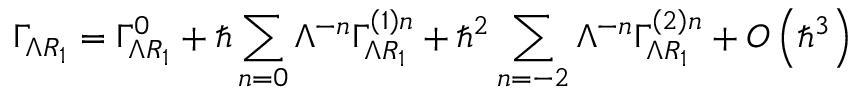
\Gamma _ { \Lambda R _ { 1 } } = \Gamma _ { \Lambda R _ { 1 } } ^ { 0 } + \hbar \sum _ { n = 0 } \Lambda ^ { - n } \Gamma _ { \Lambda R _ { 1 } } ^ { \left( 1 \right) n } + \hbar ^ { 2 } \sum _ { n = - 2 } \Lambda ^ { - n } \Gamma _ { \Lambda R _ { 1 } } ^ { \left( 2 \right) n } + O \left( \hbar ^ { 3 } \right)